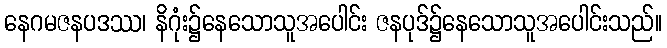
နေဂမဇနပဒဿ၊ နိဂုံး၌နေသောသူအပေါင်း ဇနပုဒ်၌နေသောသူအပေါင်းသည်။